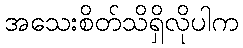
အသေးစိတ်သိရှိလိုပါက